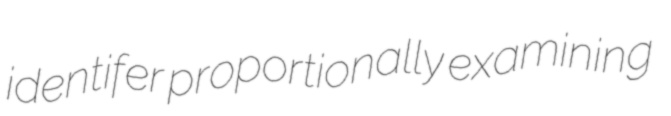
identifer proportionally examining